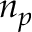
n _ { p }